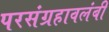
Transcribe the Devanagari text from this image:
परसंग्रहावलंबी